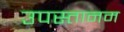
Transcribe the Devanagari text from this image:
उपस्तानम